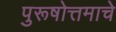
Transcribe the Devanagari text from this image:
पुरूषोत्तमाचे